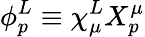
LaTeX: \phi_{p}^{L}\equiv\chi_{\mu}^{L}X_{p}^{\mu}